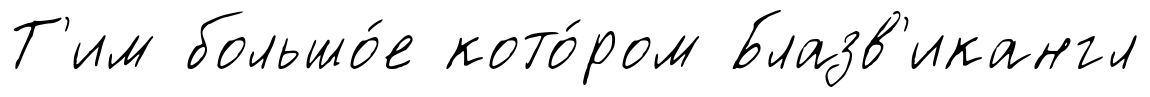
Т'им большо́е кото́ром Блазв'икангл